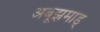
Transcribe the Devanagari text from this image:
अबूझमाड्